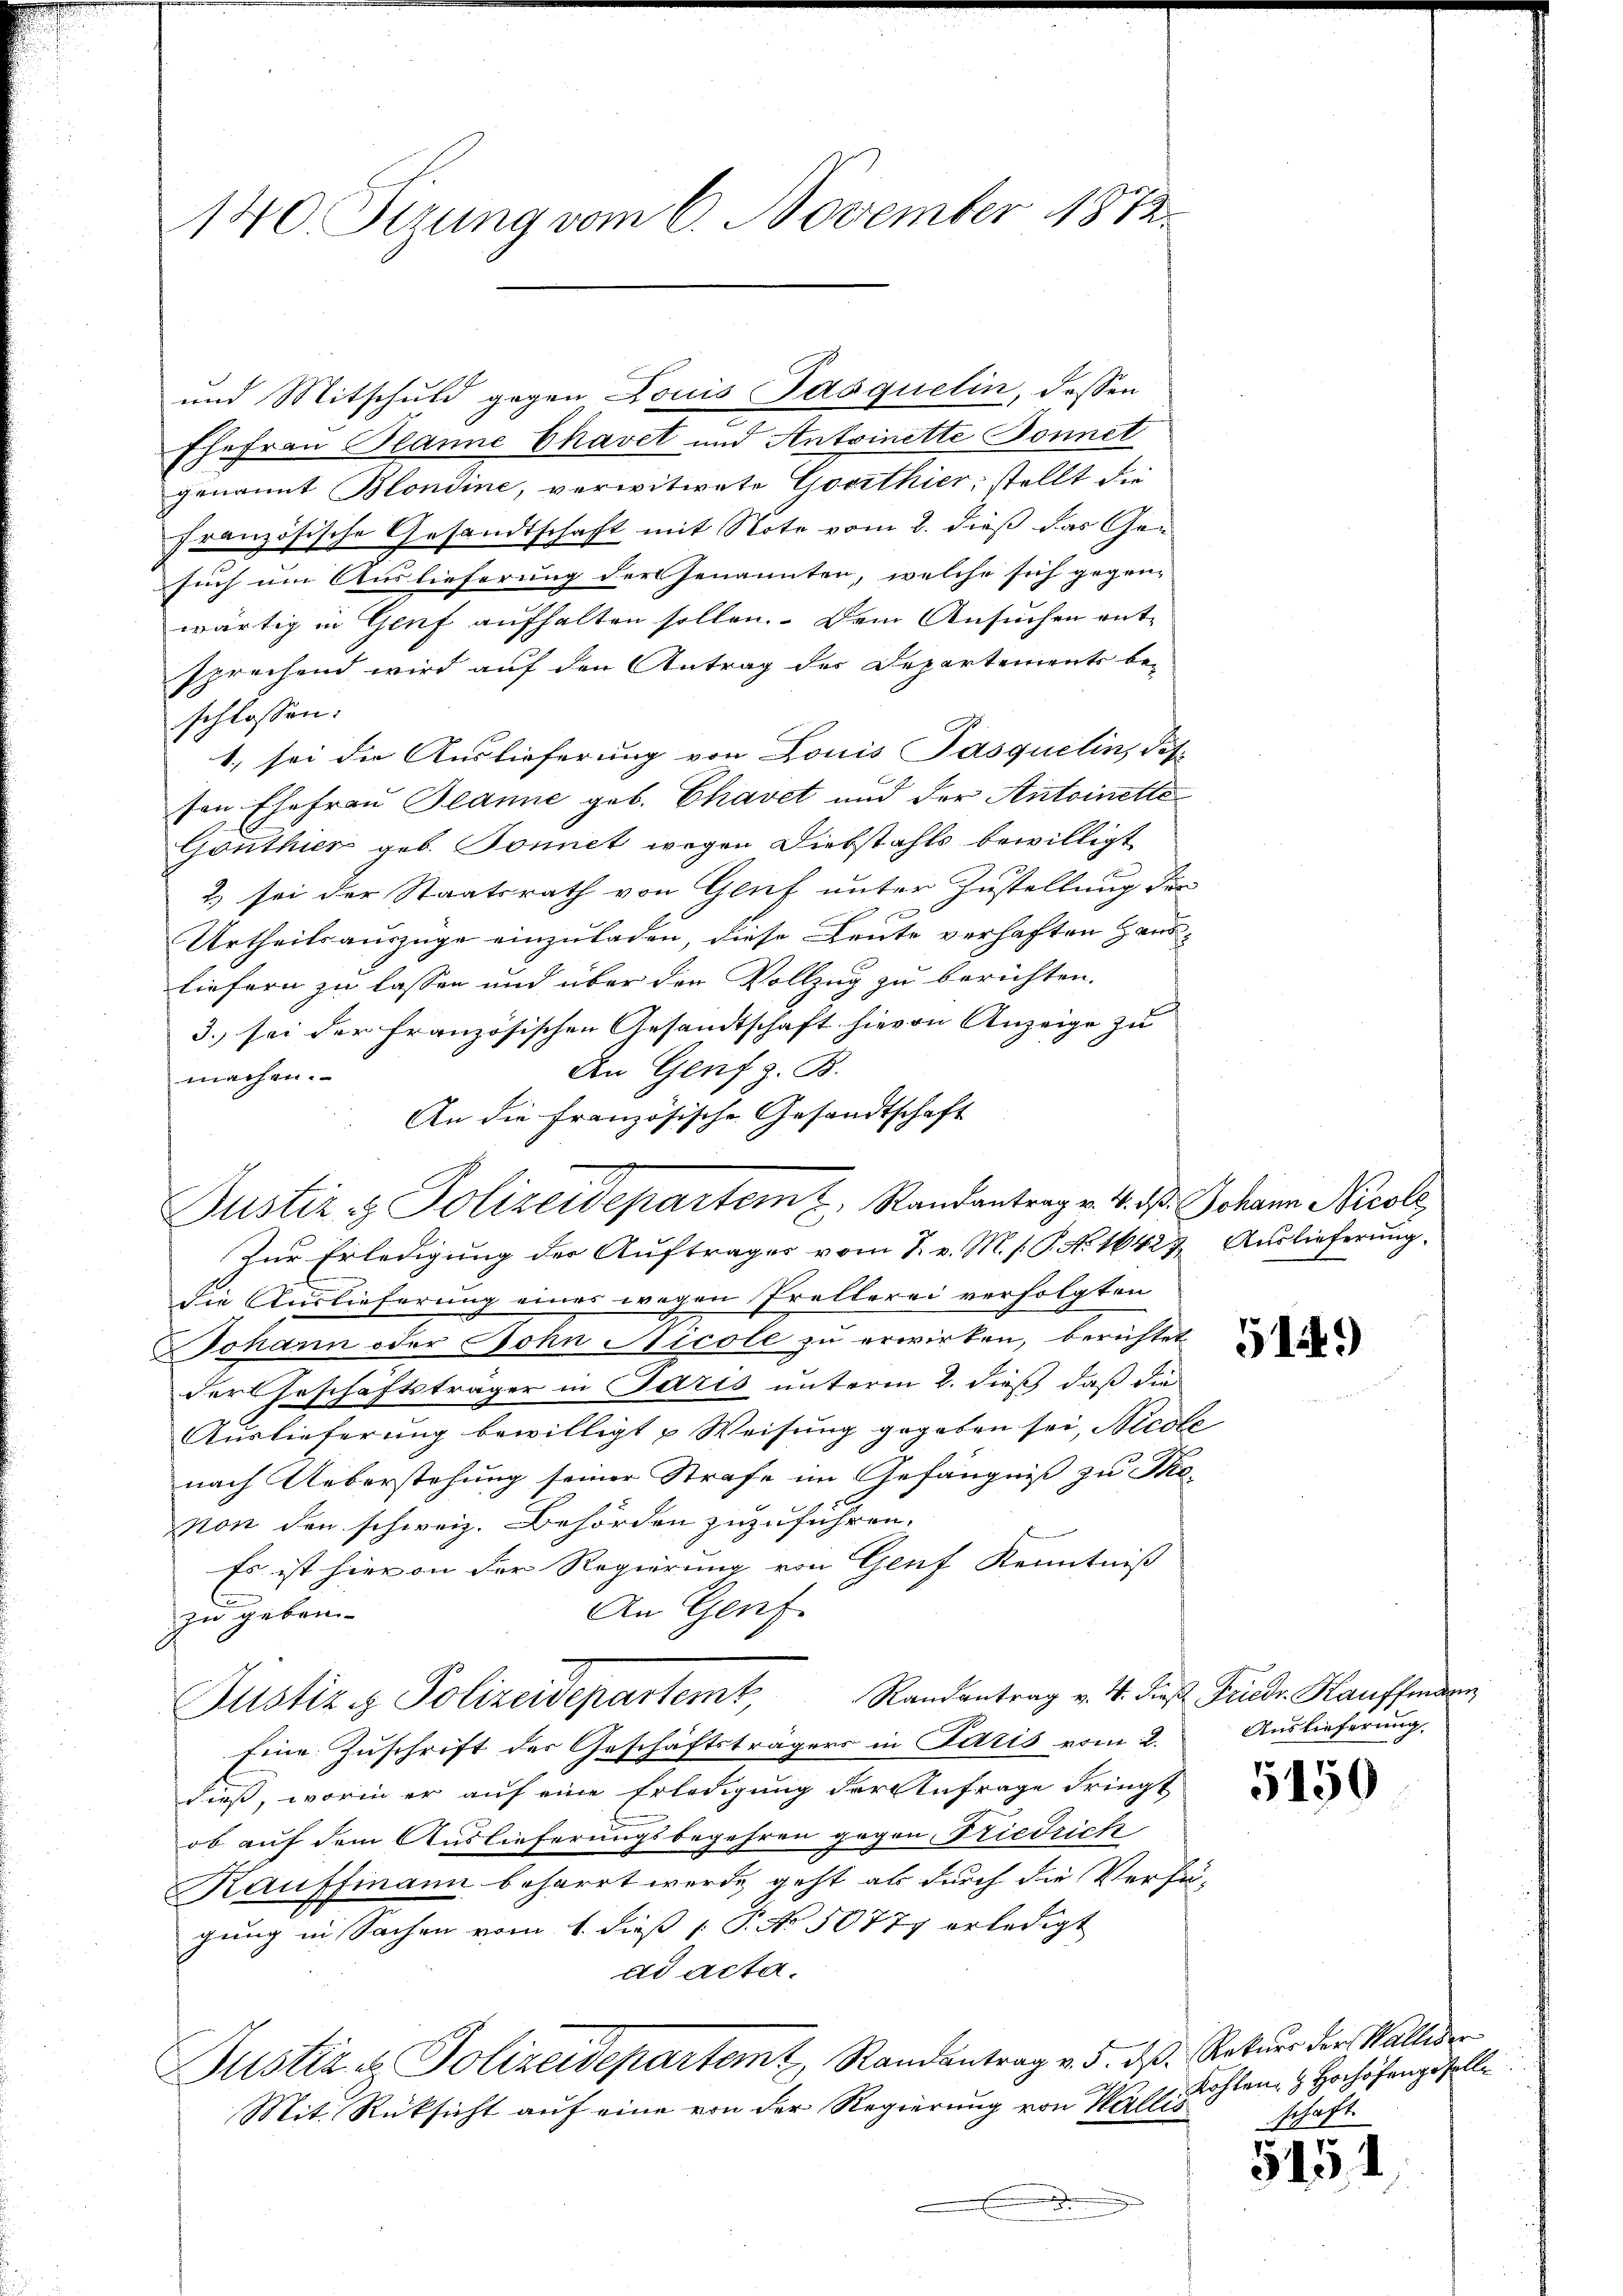
140 Sezung vom 6. November 1872.

Ehefrau Blanne Chavet und Antoinette Sonnet
genannt Blondine, verwitwete Gossthier, stellt die
französische Gesandtschaft mit Note vom 2. dieß das Gesuch um Auslieferung der Genannten, welche sich gegen-
wärtig in Genf aufhalten sollen. Dem Ansuchen ent-
sprechend wird auf den Antrag der Departements be-
schlossen:
1. sei die Auslieferung von Louis Pasquelin, das
sen Ehefrau Blanne geb. Chavet und der Antoinette
Gönthier geb. Sonnet wegen Diebstahls bewilligt
2) sei der Staatsrath von Genf unter Zustellung der
Urtheilsauszüge einzuladen, diese Leute verhaften Haus-
liefern zu lassen und über den Vollzug zu berichten.
3. sei der französischen Gesandtschaft hievon Anzeige zu
An Genf z. B.
machen.
An die Französische Gesandtschaft
Zur Erledigung der Auftrages vom 7. v. M. s. P. No 16423. Auslieferung
die Auslieferung eines wegen Prellerei verfolgten
Johann oder Sohn Nicole zu erwirken, berechtet
der Geschäftsträger in Paris unterm 2. dieß, daß die
Auslieferung bewilligt u Weisung gegeben sei, Nicole
nach Ueberstehung seiner Strafe im Gefängniß zu Thovon den schweiz. Behörden zuzuführen.
Es ist hievon der Regierung von Genf Kenntniß
l
An Genf.
zu geben.
Justiz & Polizeidepartemt, Randantrag v. 4. diese Friedr. Kauffmann
Eine Zuschrift der Geschäftsträgers in Paris vom 2.
dieß, worin er auf eine Erledigung der Anfrage dringt
ob auf dem Auslieferungsbegehren gegen Friedrich
Kauffmann beharrt werde, geht als durch die Verfügung in Sachen vom 1. dieß P. No 50777 erledigt
ad acta.
Justiz & Polizeidepartem Randantrag v. 5. dß. Rekurs der Wallis
Mit. Rücksicht auf eine von der Regierung von Wallis

Justiz- & Polizeidepartem u. Randantrag v. 4. d. Johann Nicol

und Mitschuld gegen Louis Pasquelin, dessen

519)

Auslieferung.

150

Kohlen & Hochofengesell
schaft

5151